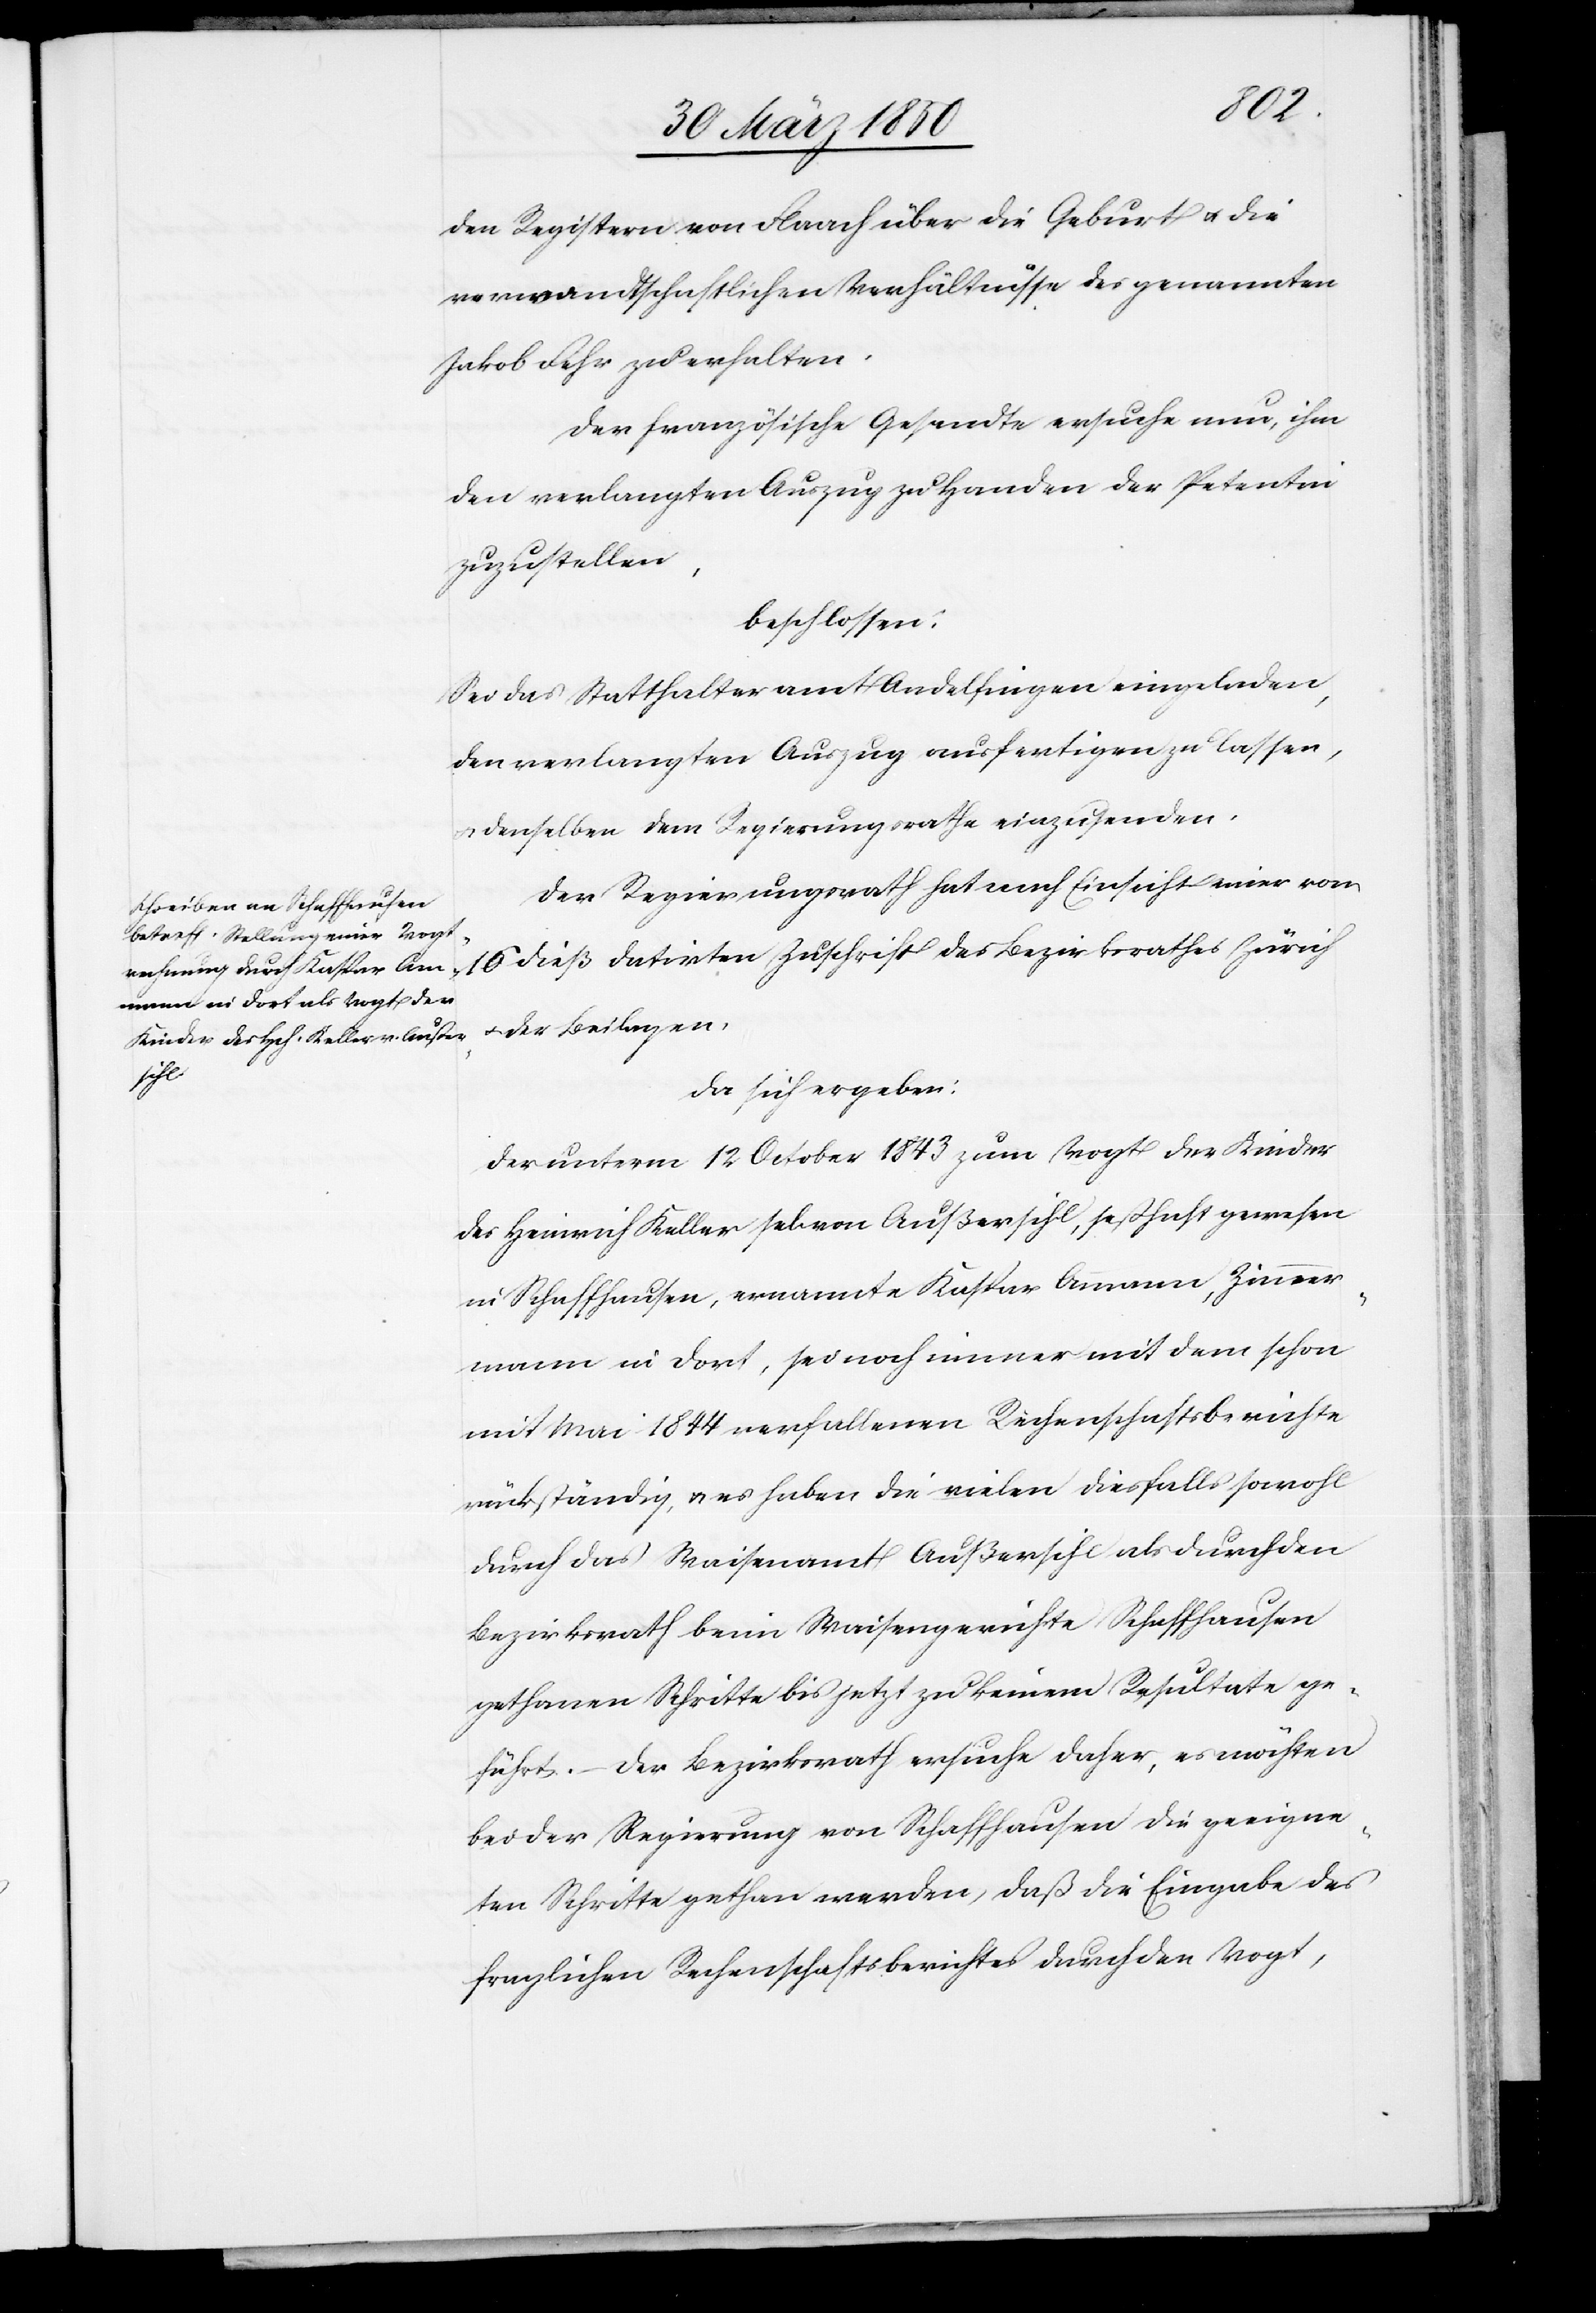
dieß
den Registern von Flaach über die Geburt u. die
verwandtschaftlichen Verhältnisse des genannten
Jakob Fehr zu erhalten.
Der französische Gesandte ersuche nun, ihm
den verlangten Auszug zu Handen der Petentin
zuzustellen,
beschlossen:
Sei das Statthalteramt Andelfingen eingeladen,
den verlangten Auszug ausfertigen zu lassen,
denselben dem Regierungsrathe einzusenden.
Der Regierungsrath hat nach Einsicht einer vom
u. der Beilagen,
datirten
da sich ergeben:
Der unterm 12 October 1843 zum Vogt der Kinder
des Heinrich Keller sel. von Außersihl, seßhaft gewesen
in Schaffhausen, ernannte Kaspar Ammann, Zimmer¬
mann in dort, sei noch immer mit dem schon
mit Mai 1844 verfallenen Rechenschaftsberichte
rückständig, u. es haben die vielen diesfalls sowohl
durch das Waisenamt Außersihl als durch den
Bezirksrath beim Waisengerichte Schaffhausen
gethanen Schritte bis jetzt zu keinem Resultate ge¬
führt. – Der Bezirksrath ersuche daher, es möchten
bei der Regierung von Schaffhausen die geeigne¬
ten Schritte gethan werden, daß die Eingabe des
fraglichen Rechenschaftsberichtes durch den Vogt,